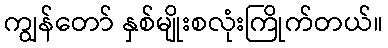
ကျွန်တော် နှစ်မျိုးစလုံးကြိုက်တယ်။